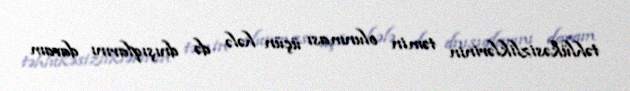
təhlükəsizliklərinin təmin olunması üçün hələ də dnışıqlarını davam